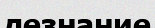
дезнание